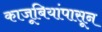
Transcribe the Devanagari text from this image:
काजूबियांपासून